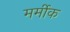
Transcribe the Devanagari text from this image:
मर्मीक